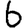
Digit: 6